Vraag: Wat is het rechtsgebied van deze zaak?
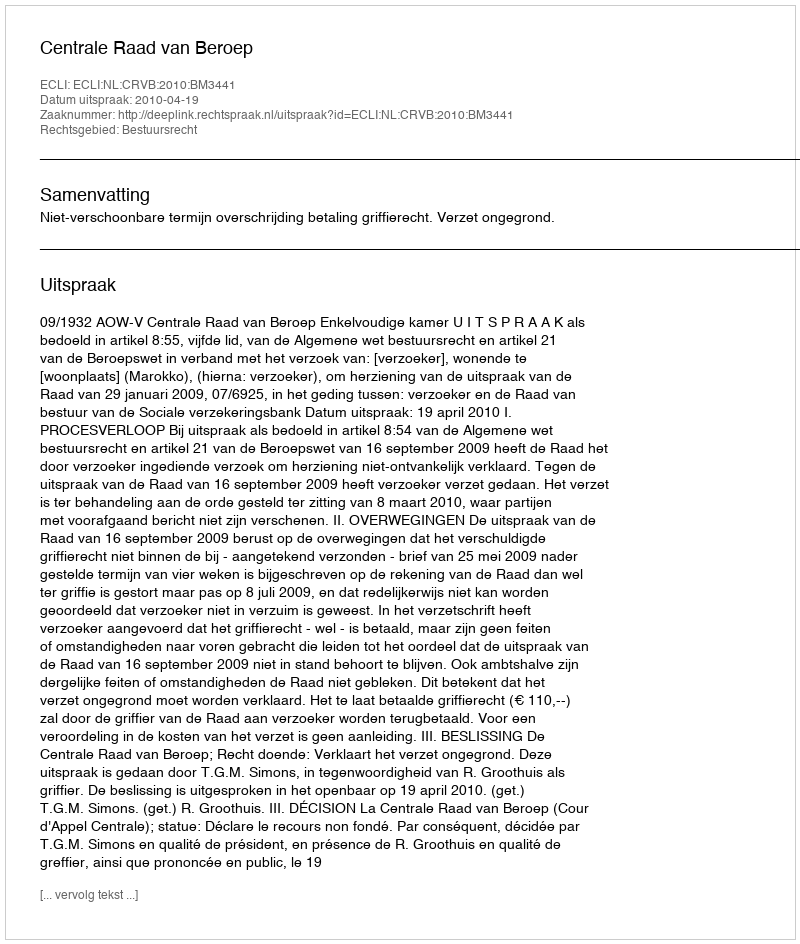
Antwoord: Bestuursrecht